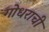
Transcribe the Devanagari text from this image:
गोधराची